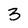
Character: 3